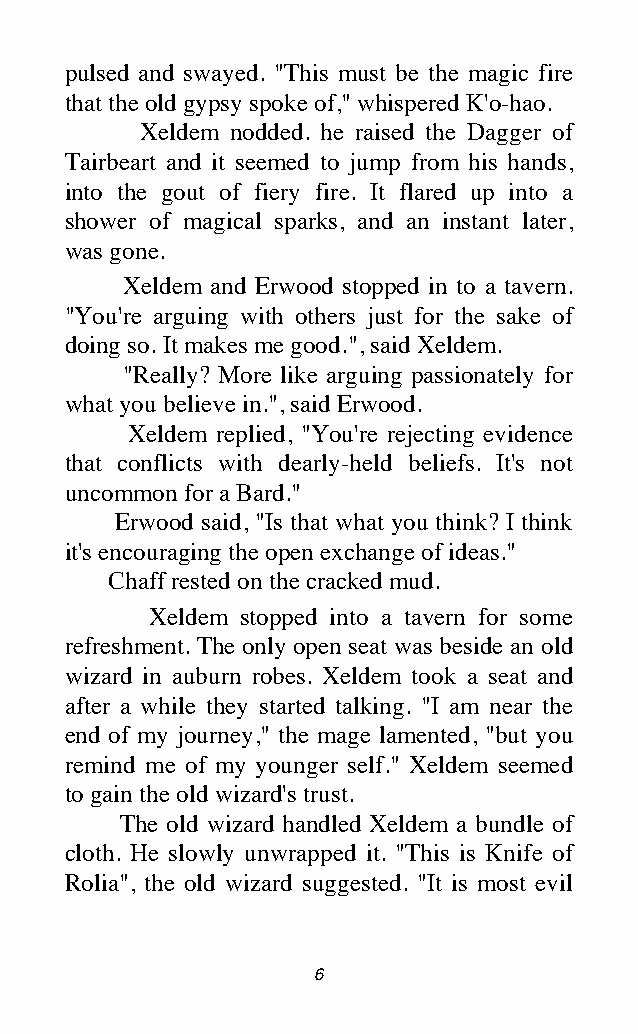
pulsed and swayed. "This must be the magic fire
 that the old gypsy spoke of," whispered K'o-hao.
 Xeldem nodded. he raised the Dagger of
 Tairbeart and it seemed to jump from his hands,
 into the gout of fiery fire. It flared up into a
 shower of magical sparks, and an instant later,
 was gone.
 Xeldem and Erwood stopped in to a tavern.
 "You're arguing with others just for the sake of
 doing so. It makes me good.", said Xeldem.
 "Really? More like arguing passionately for
 what you believe in.", said Erwood.
 Xeldem replied, "You're rejecting evidence
 that conflicts with dearly-held beliefs. It's not
 uncommon for a Bard."
 Erwood said, "Is that what you think? I think
 it's encouraging the open exchange of ideas."
 Chaff rested on the cracked mud.
 Xeldem stopped into a tavern for some
 refreshment. The only open seat was beside an old
 wizard in auburn robes. Xeldem took a seat and
 after a while they started talking. "I am near the
 end of my journey," the mage lamented, "but you
 remind me of my younger self." Xeldem seemed
 to gain the old wizard's trust.
 The old wizard handled Xeldem a bundle of
 cloth. He slowly unwrapped it. "This is Knife of
 Rolia", the old wizard suggested. "It is most evil
 6